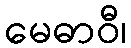
မေဓာဝီ၊